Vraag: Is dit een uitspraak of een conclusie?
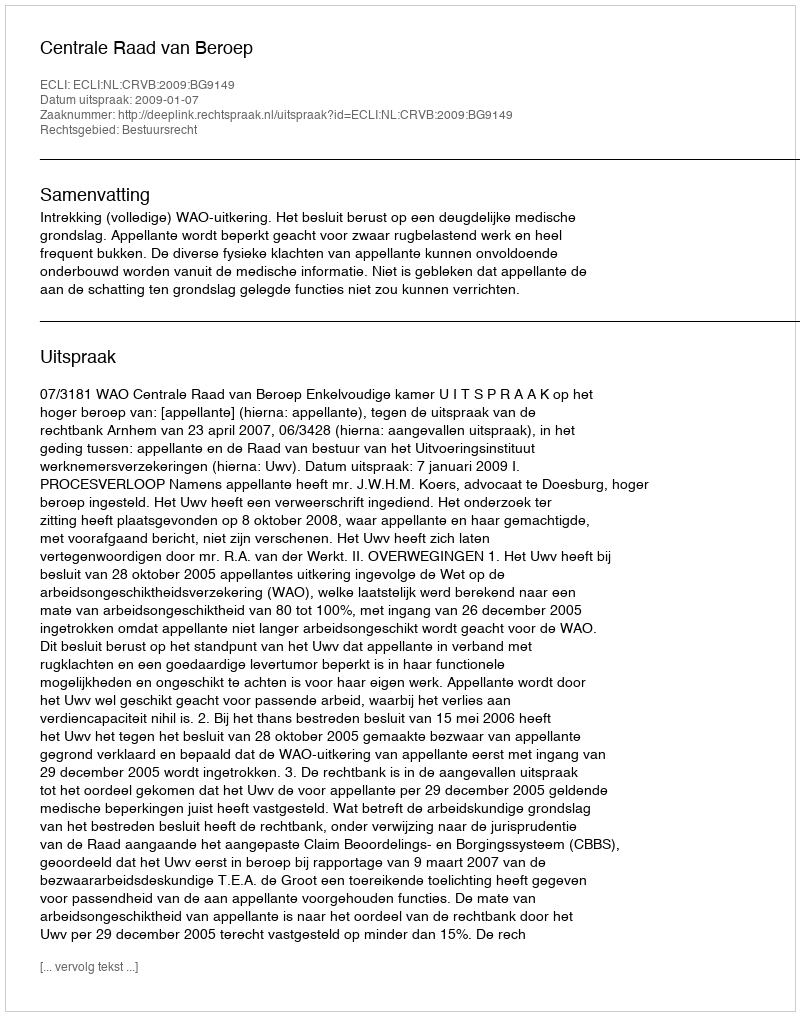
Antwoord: Uitspraak